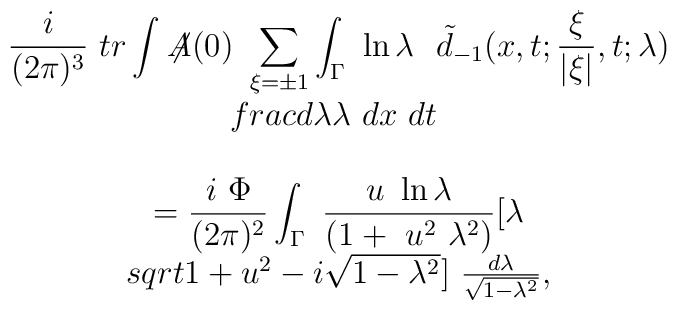
\begin{array}{c} \displaystyle\frac i{(2\pi)^3}\ tr\int \not \! \! A(0)\ \sum\limits_{\xi =\pm 1}\int_\Gamma \ \ln\lambda \ \ \tilde d_{-1}(x,t;\frac \xi {\vert \xi \vert },t;\lambda ) \\frac{d\lambda }\lambda\ dx\ dt\ \\ \\ \displaystyle=\frac{i\ \Phi }{(2\pi)^2}\int_\Gamma \ \frac{u\ \ln \lambda }{(1+\ u^2\ \lambda ^2)}[\lambda \\sqrt{1+u^2}-i \sqrt{1-\lambda ^2}]\ \frac{d\lambda }{\sqrt{1-\lambda ^2}}, \end{array}